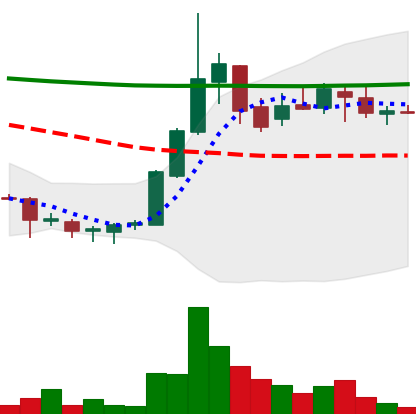
Ticker: DOGE-USD
Chart end date: 2018-07-28
Forward return: -13.353%
Label: down_7plus